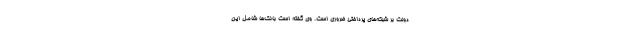
دولت بر شبکه‌های پرداختی ضروری است. وی گفته است بانک‌ها شامل این